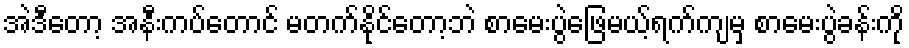
အဲဒီတော့ အနီးကပ်တောင် မတက်နိုင်တော့ဘဲ စာမေးပွဲဖြေမယ့်ရက်ကျမှ စာမေးပွဲခန်းကို